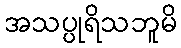
အသပ္ပုရိသဘူမိ